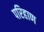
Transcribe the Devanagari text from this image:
परिहाण